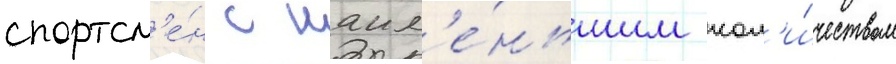
спортсм'е́н с наим'е́ньшим кол'и́чеством